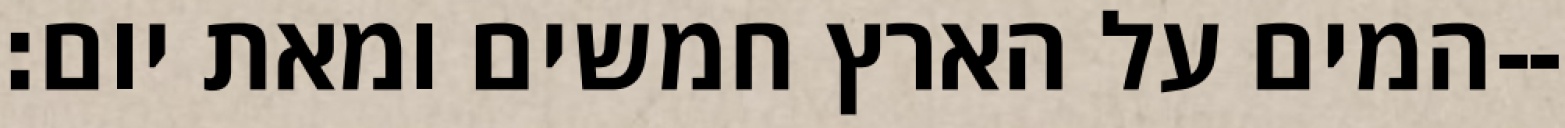
המים על הארץ חמשים ומאת יום׃--